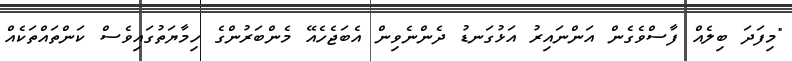
"މިފަދަ ބިލެއް ފާސްވެގެން އަންނައިރު އަޅުގަނޑު ދެންނެވިން އެބަޖެހެއޭ މެންބަރުންގެ ހިމާޔަތުގައިވެސް ކަންތައްތަކެއް